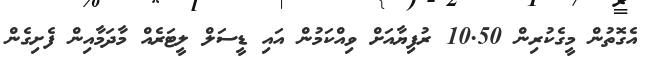
އެގޮތުން މީގެކުރިން 10.50 ރުފިޔާއަށް ވިއްކަމުން އައި ޑީސަލް ލީޓަރެއް މާދަމާއިން ފެށިގެން